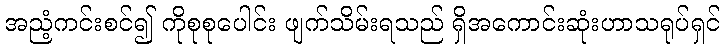
အညံ့ကင်းစင်၍ ကိုစုစုပေါင်း ဖျက်သိမ်းရသည် ရှိအကောင်းဆုံးဟာသရုပ်ရှင်